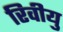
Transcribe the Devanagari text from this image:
रिवीयु